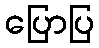
ပြောပြ